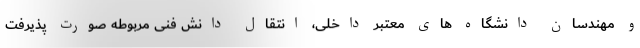
و مهندسان دانشگاه های معتبر داخلی، انتقال دانش فنی مربوطه صورت پذیرفت